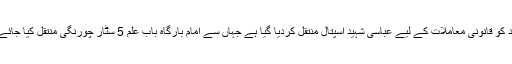
شہید کو قانونی معاملات کے لیے عباسی شہید اسپتال منتقل کردیا گیا ہے جہاں سے امام بارگاہ باب علم 5 سٹار چورنگی منتقل کیا جائے گا۔